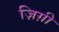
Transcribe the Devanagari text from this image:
ज़िग़ी